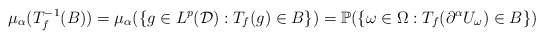
\begin{align*} \mu_{\alpha}(T_f^{-1}(B)) &= \mu_{\alpha}(\{g\in L^p(\mathcal{D}): T_f(g)\in B \}) = \mathbb{P}(\{\omega \in \Omega: T_f(\partial^{\alpha}U_{\omega})\in B\})\end{align*}